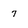
Character: 7